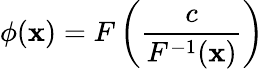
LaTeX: \phi(\mathbf{x})=F\left(\frac{{c}}{{F^{-1}(\mathbf{x})}}\right)